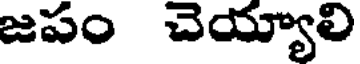
జపం చెయ్యాలి